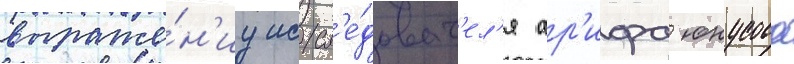
выраже́н'иу иссл'е́доват'ел'я ар'ифа юнусова